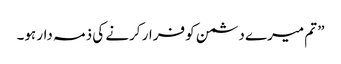
” تم میرے دشمن کو فرار کرنے کی ذمہ دار ہو۔